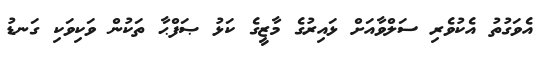
އެވަގުތު އެކުވެރި ސަލްވާއަށް ޅައިރުގެ މާޒީގެ ކަޅު ޞަފްޙާ ތަކުން ވަކިވަކި ގަނޑު